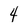
Character: 4